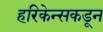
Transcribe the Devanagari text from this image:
हरिकेन्सकडून